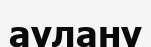
аулану